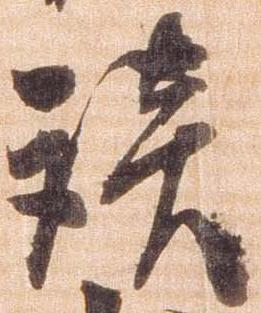
談